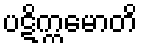
ပဋိက္ကမောတိ